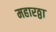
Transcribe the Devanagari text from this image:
महारठ्ठा